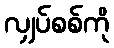
လျှပ်စစ်ကို